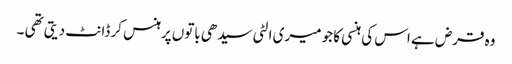
وہ قرض ہے اس کی ہنسی کا جو میری الٹی سیدھی باتوں پرہنس کر ڈانٹ دیتی تھی ۔